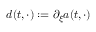
d ( t , \cdot ) : = \partial _ { \xi } a ( t , \cdot )